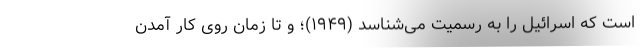
است که اسرائیل را به رسمیت می­شناسد (۱۹۴۹)؛ و تا زمان روی کار آمدن